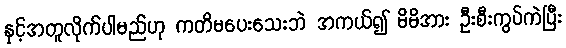
နှင့်အတူလိုက်ပါမည်ဟု ကတိမပေးသေးဘဲ အကယ်၍ မိမိအား ဦးစီးကွပ်ကဲပြီး